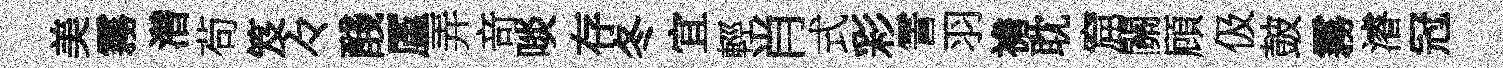
美霧濳茍笈々醆厪弄竒啖存冬宜輕肖式彩霅羽襜耽窟關頋伋皷霧濬冠